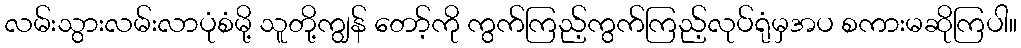
လမ်းသွားလမ်းလာပုံစံမို့ သူတို့ကျွန် တော့်ကို ကွက်ကြည့်ကွက်ကြည့်လုပ်ရုံမှအပ စကားမဆိုကြပါ။